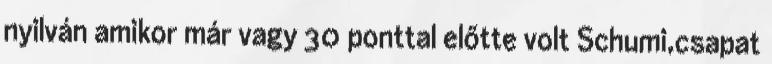
nyilván amikor már vagy 30 ponttal előtte volt Schumi,csapat